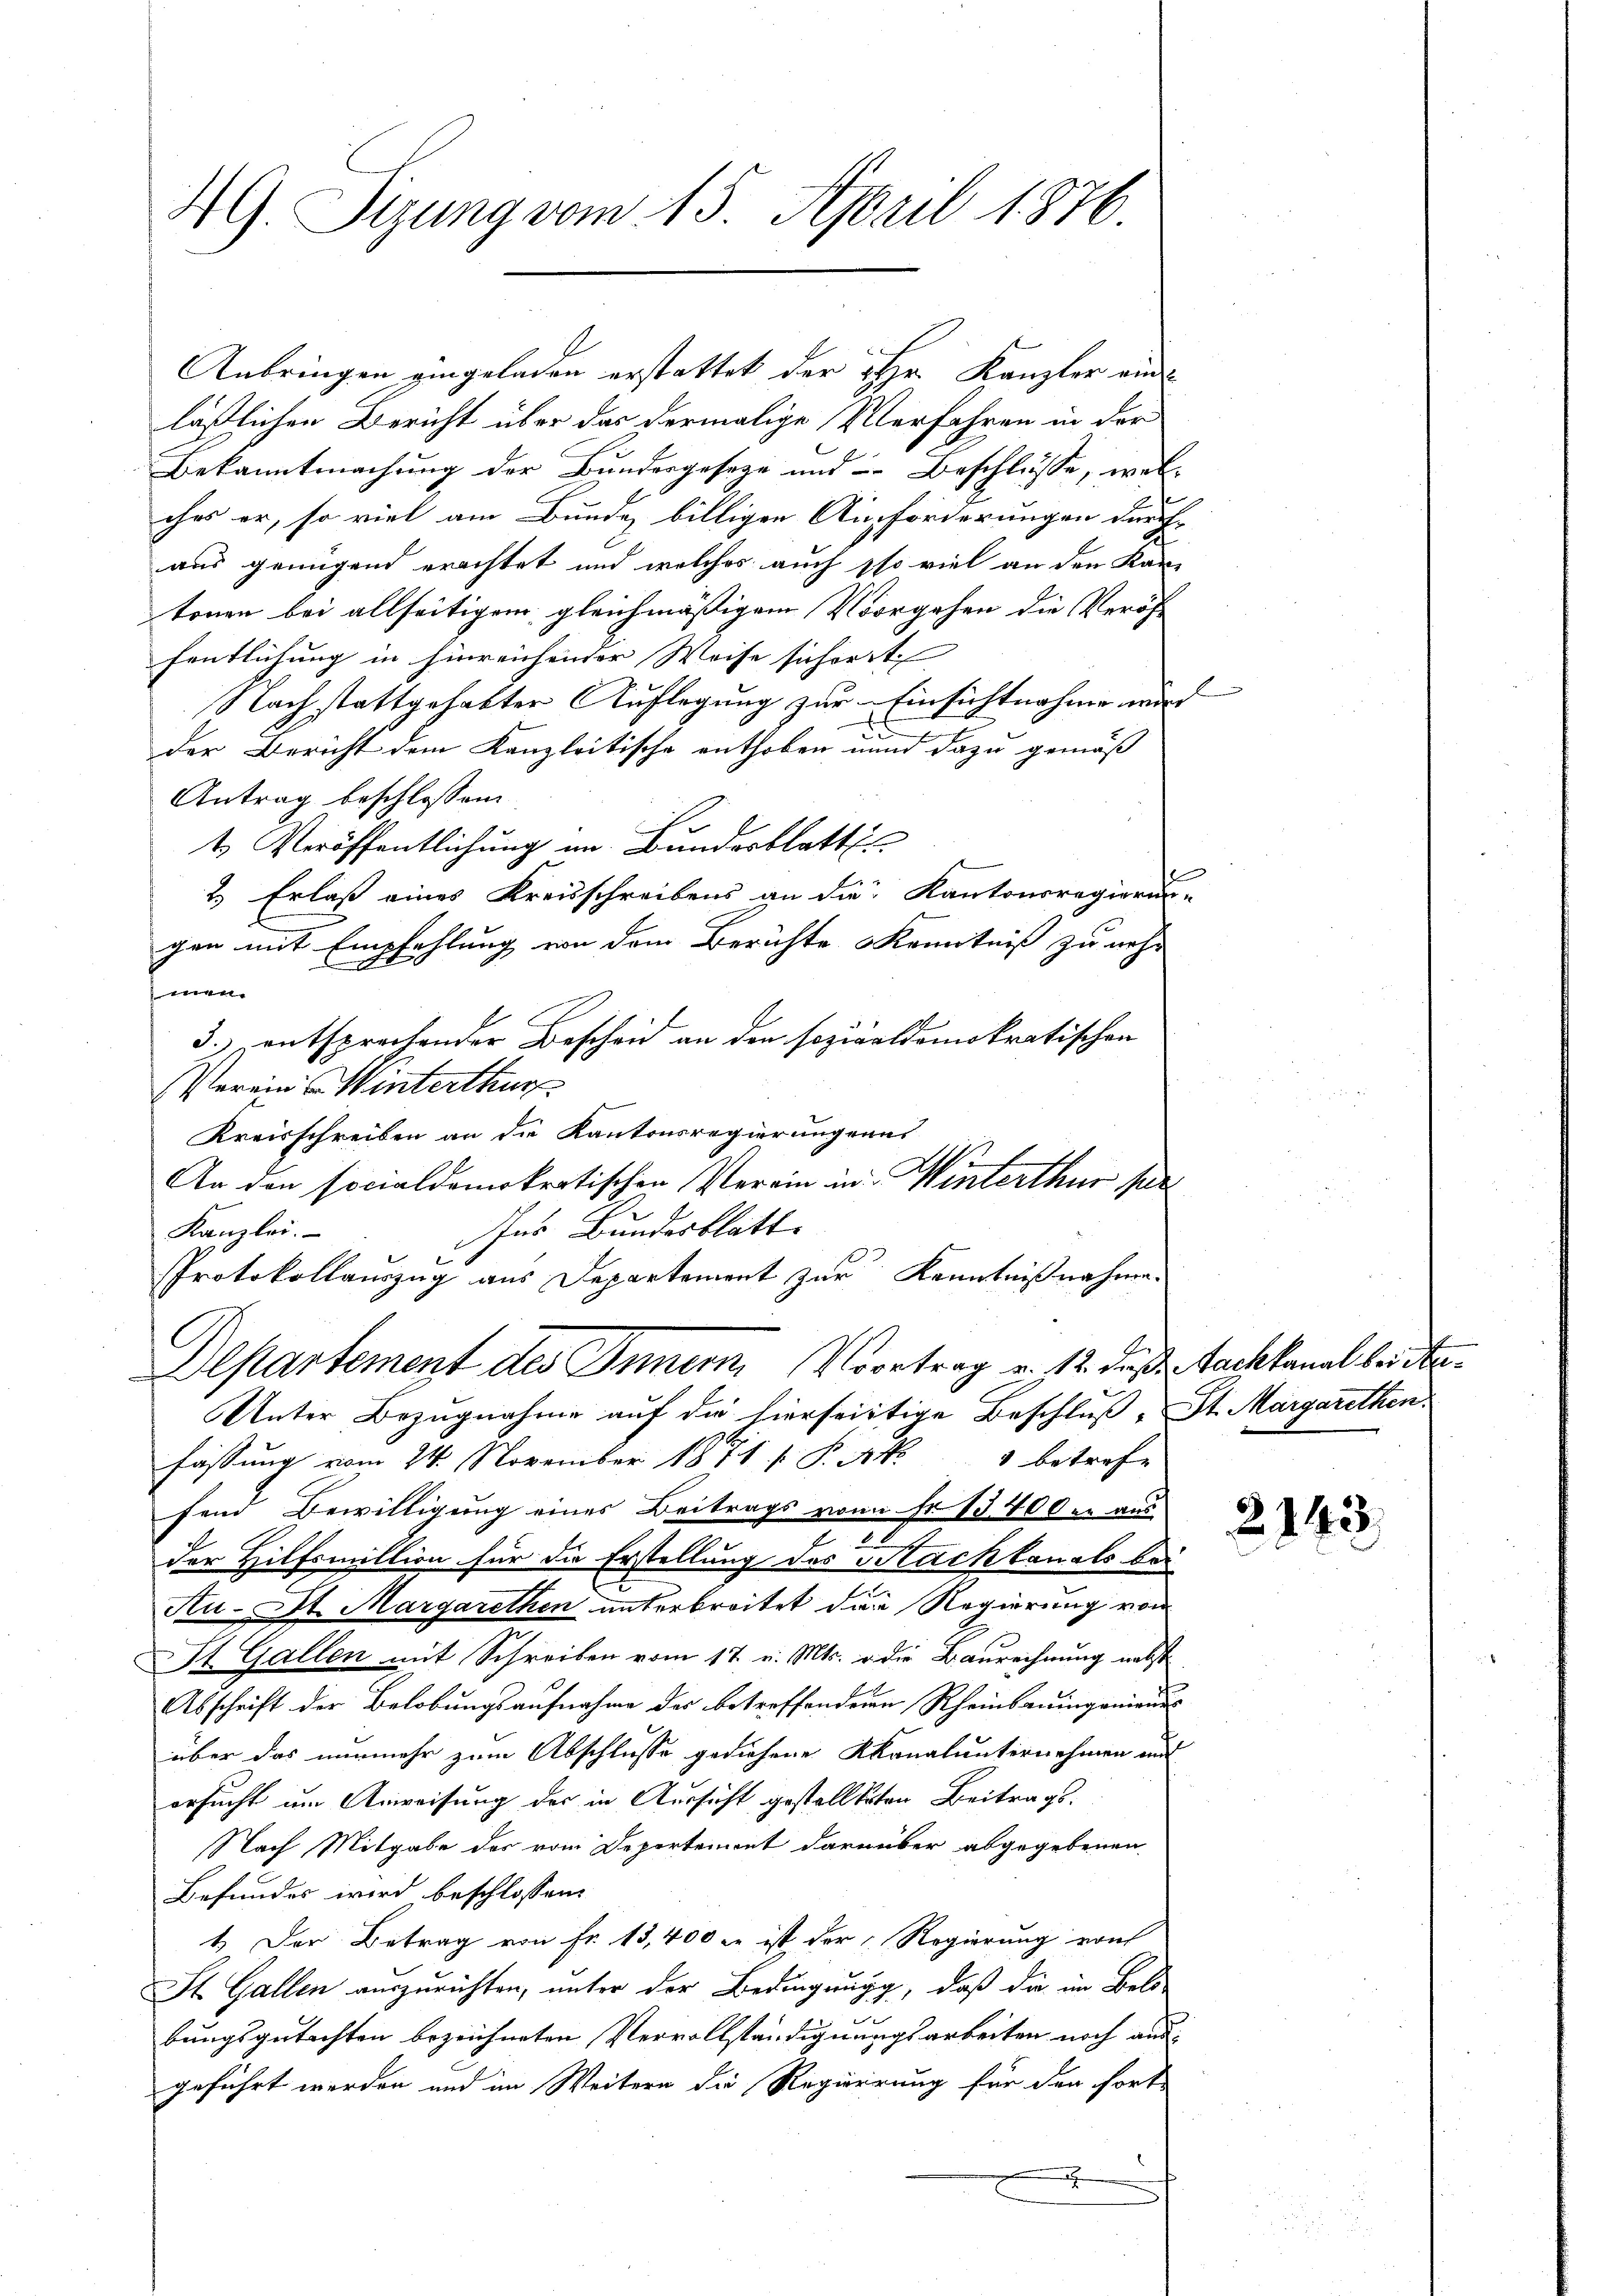
4G. Sizung vom 15. April 1876.

läßlichen Bericht über das dermalige Verfahren in der
Bekanntmachung der Bundesgeseze und Beschlüsse, welches er, so viel am Bunde billigen Aufforderungen durch
aus genügend erachtet und welches auch so viel an den Kan-
tonen bei allseitigem gleichmäßigem Vorgehen die Veröffentlichung in hinreichender Weise sichert
Nach stattgehabter Auflegung zur Einsichtnahme wir
x
der Bericht dem Kanzleitische enthoben und dazu gemäss
Antrag beschlossen:
t. Veröffentlichung im Bundesblatt
2.) Erlaß eines Kreisschreibens an die Kantonsregierun
gen mit Empfehlung von dem Berichte Kenntniß zu nehm
vertr
3.) entsprechender Bescheid an den sozialdemokratischen
Vereins Winterthur
Kreisschreiben an die Kantonsregierungenes
An den socialdemokratischen Verein in Winterthur see
ns Bundesblatt
Kanzlei.
Protokollauszug aus Departement zur Kenntnißnahme.
Departement des Innern Vortrag u. 12. dieß Nachkanal bei An¬
Unter Bezugnahme auf die hierseitige Beschluß St. Margarethen.
Fassung vom 24. November 1871 f. P. Nr. 1 betrefe
fend Bewilligung eines Beitrags von Fr. 13400 er aus

der Hilfsmillion für die Erstellung des Hackkanals bei
Au-St. Margarethen unterbreitet dann Regierung vom
St. Gallen mit Schreiben vom 17. v. Mts. v. die Baurechnung nebst
Abschrift der Belobungsaufnahme des betreffendern Rheinbauingenieurs
über das nunmehr zum Abschlusse gediehene Kanalunternehmen und
ersucht um Anweisung der in Aussicht gestellteten Beitrags¬
Nach Mitgabe der vom Departement darüber abgegebenen
Befundes wird beschlossen:
1. Der Betrag von Fr. 15,400 er ist der Regierung erach
St. Gallen auszurichten, unter der Bedingung, daß die im Bels-
8.1.
bungsgutachten bezeichneten Vervollständignungsarbeiten noch ausgeführt werden und im Weitern die Regierung für den fort-
x

Anbringen eingeladen erstattet der Hr. Kanzler ein

d

u

2243